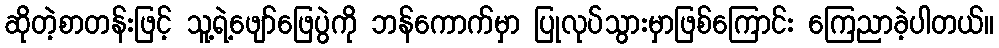
ဆိုတဲ့စာတန်းဖြင့် သူ့ရဲ့ဖျော်ဖြေပွဲကို ဘန်ကောက်မှာ ပြုလုပ်သွားမှာဖြစ်ကြောင်း ကြေညာခဲ့ပါတယ်။